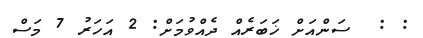
: :  ސަންއަށް ޚަބަރެއް ދެއްވުމަށް: 2 އަހަރު 7 މަސް